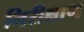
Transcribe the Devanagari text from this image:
निरीक्षाण